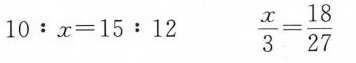
$$1 0 ： x = 1 5 : 1 2$$ $$\frac { x } { 3 } = \frac { 1 8 } { 2 7 }$$